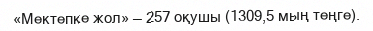
«Мектепке жол» — 257 оқушы (1309,5 мың теңге).